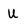
Character: U